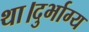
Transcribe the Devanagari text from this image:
था।दुर्भाग्य